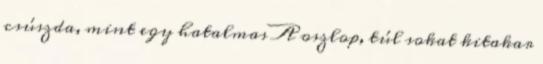
csúszda, mint egy hatalmas A oszlop, túl sokat kitakar